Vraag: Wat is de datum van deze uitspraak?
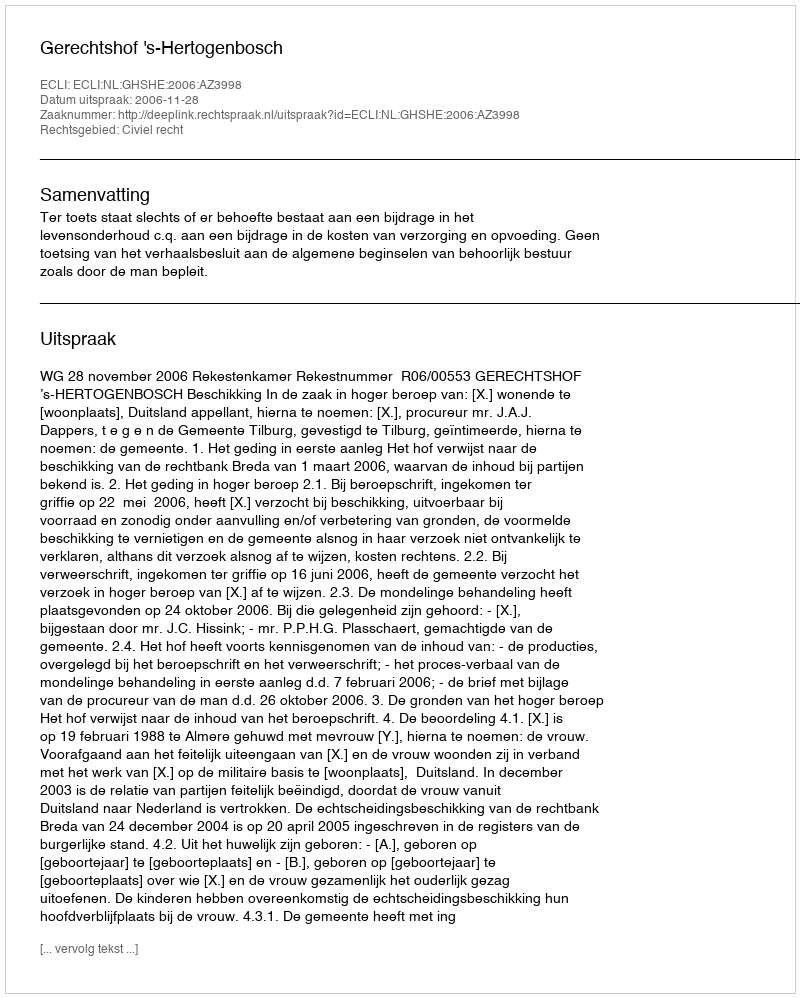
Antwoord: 2006-11-28